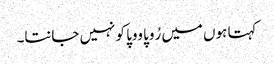
کہتا ہوں میں رُوپا ووپا کو نہیں جانتا۔